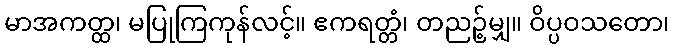
မာအကတ္ထ၊ မပြုကြကုန်လင့်။ ဧကရတ္တံ၊ တညဉ့်မျှ။ ဝိပ္ပဝသတော၊